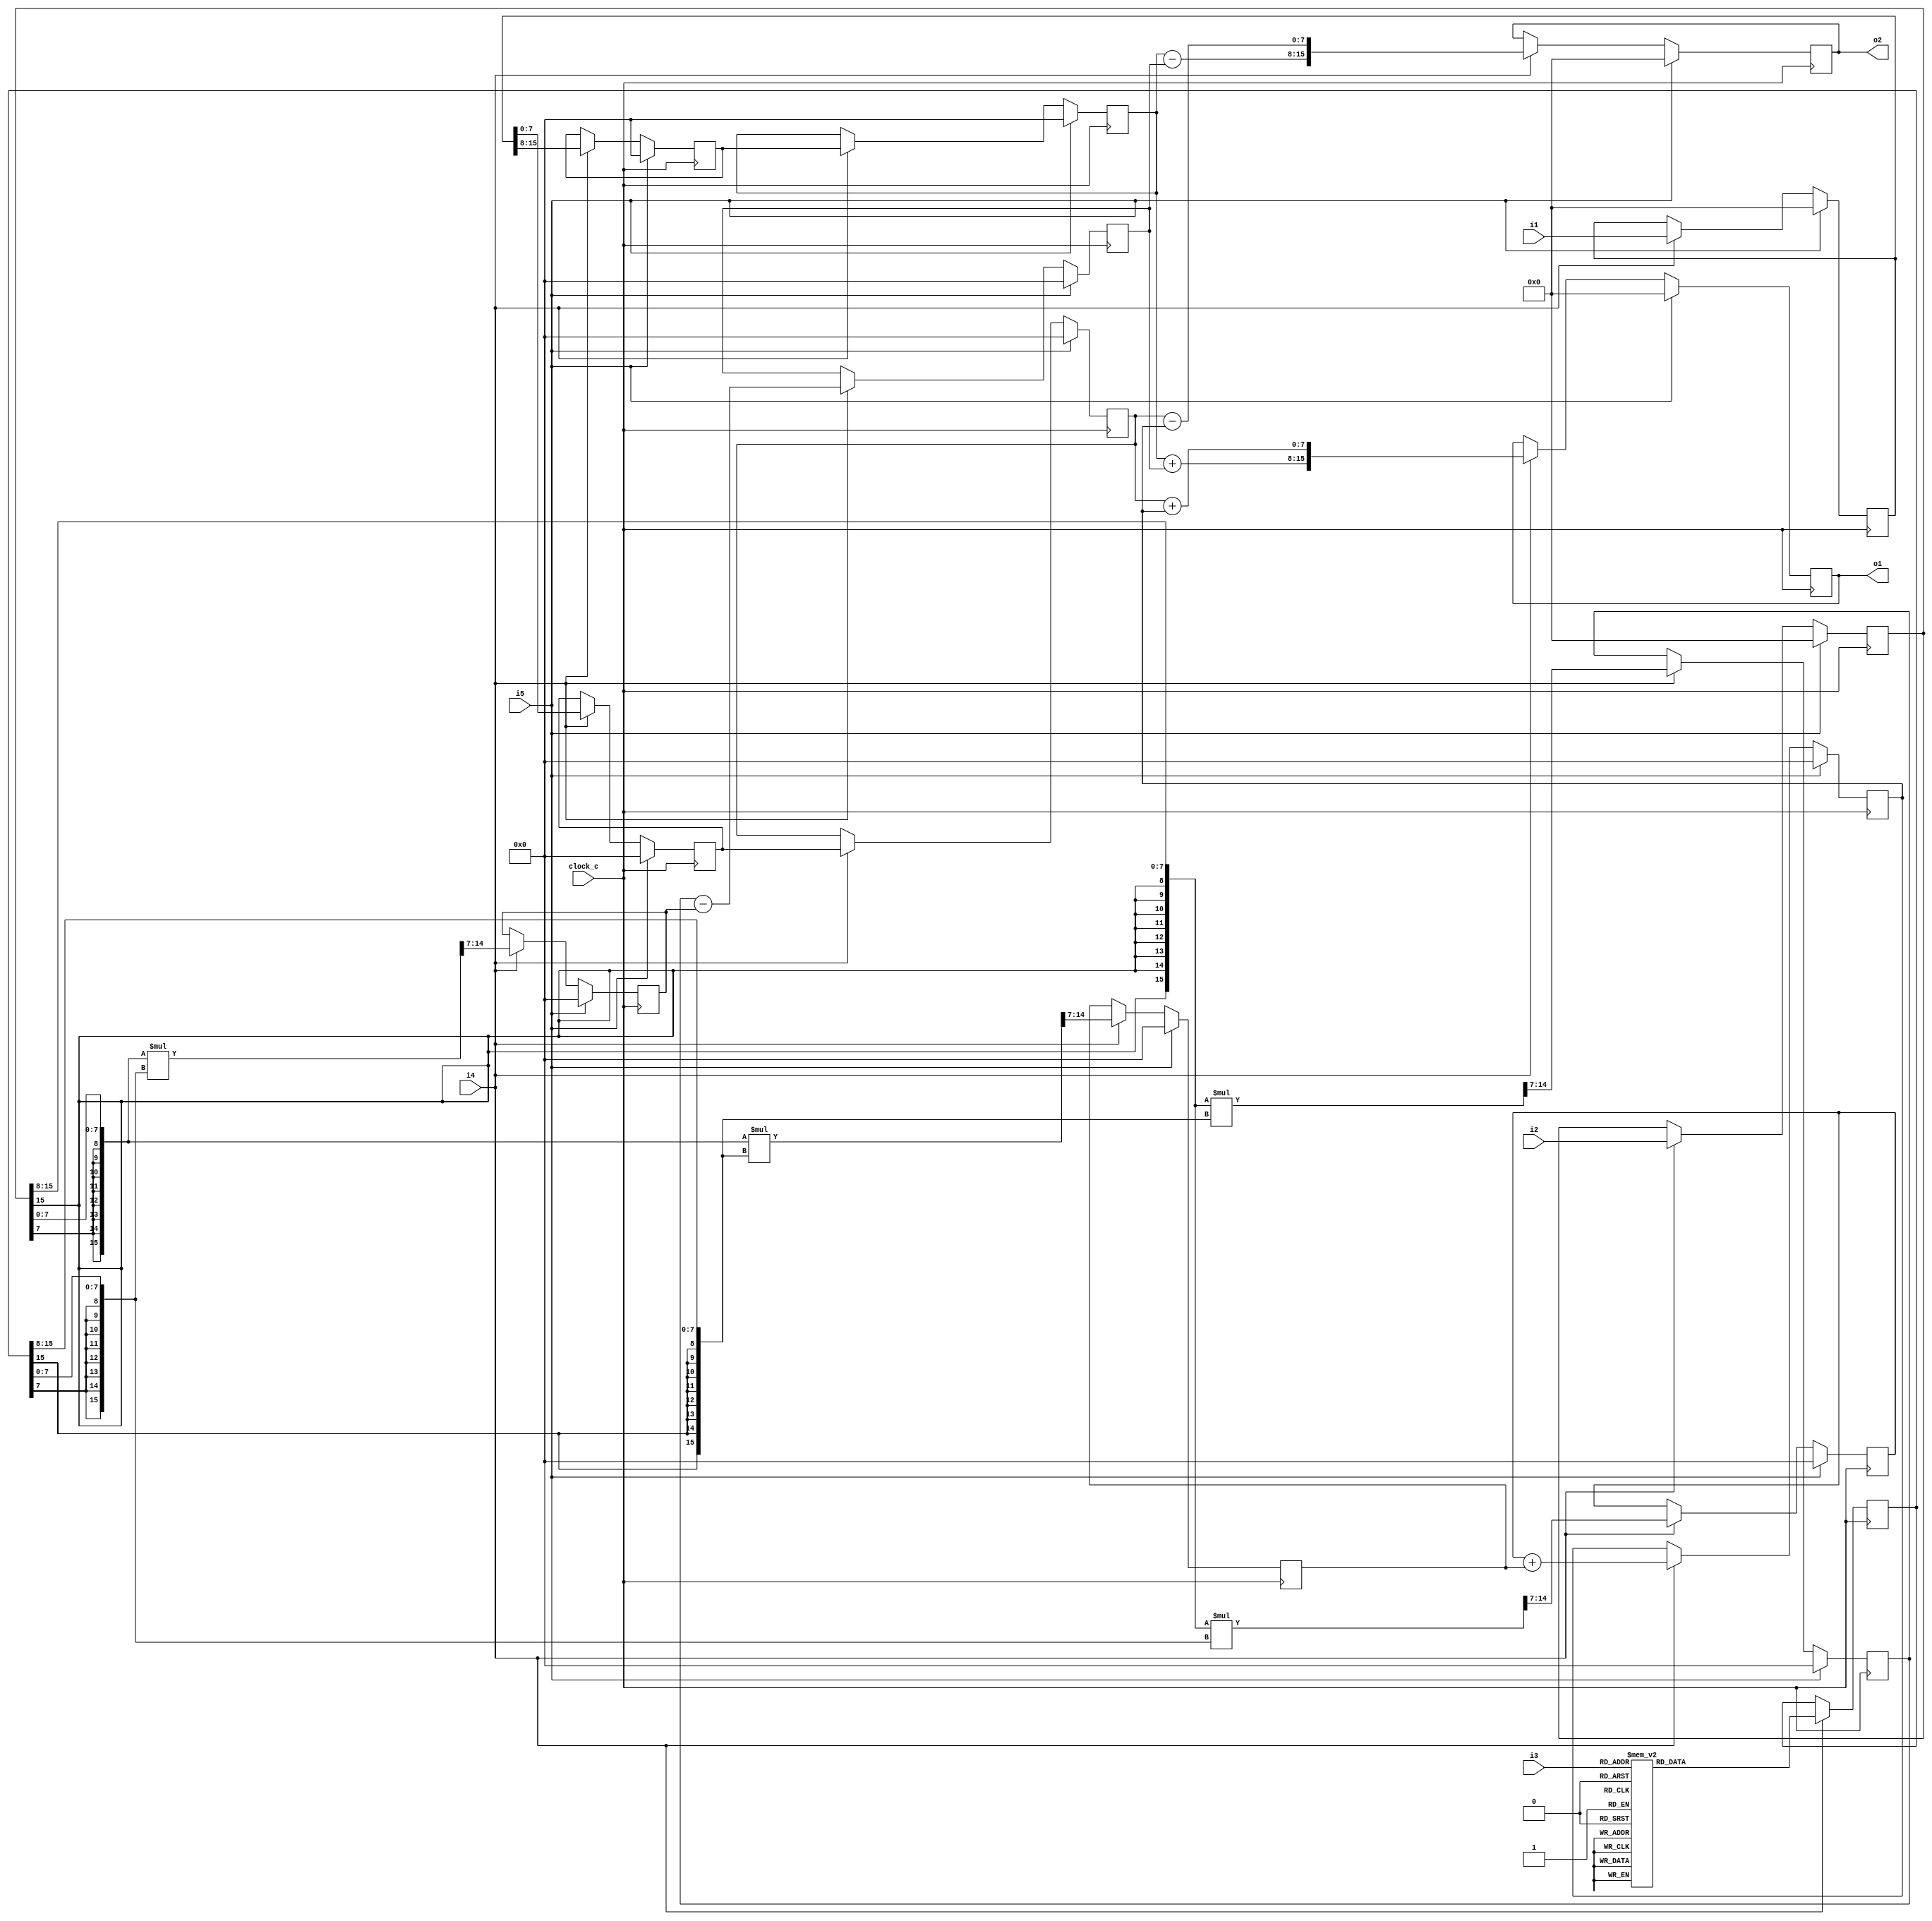
module cf_fft_1024_8_14 (clock_c, i1, i2, i3, i4, i5, o1, o2);
input  clock_c;
input  [15:0] i1;
input  [15:0] i2;
input  [4:0] i3;
input  i4;
input  i5;
output [15:0] o1;
output [15:0] o2;
reg    [15:0] n1;
wire   [7:0] n2;
wire   [7:0] n3;
reg    [15:0] n4;
wire   [7:0] n5;
wire   [7:0] n6;
reg    [7:0] n7;
reg    [7:0] n8;
reg    [7:0] n9;
reg    [7:0] n10;
reg    [15:0] n11;
wire   [7:0] n12;
wire   [7:0] n13;
wire   [15:0] n14;
wire   [7:0] n15;
reg    [7:0] n16;
wire   [15:0] n17;
wire   [7:0] n18;
reg    [7:0] n19;
wire   [7:0] n20;
reg    [7:0] n21;
wire   [15:0] n22;
wire   [7:0] n23;
reg    [7:0] n24;
wire   [15:0] n25;
wire   [7:0] n26;
reg    [7:0] n27;
wire   [7:0] n28;
reg    [7:0] n29;
wire   [7:0] n30;
wire   [7:0] n31;
wire   [15:0] n32;
reg    [15:0] n33;
wire   [7:0] n34;
wire   [7:0] n35;
wire   [15:0] n36;
reg    [15:0] n37;
initial n1 = 16'b0000000000000000;
always @ (posedge clock_c)
  if (i5 == 1'b1)
    n1 <= 16'b0000000000000000;
  else if (i4 == 1'b1)
    n1 <= i1;
assign n2 = {n1[15],
  n1[14],
  n1[13],
  n1[12],
  n1[11],
  n1[10],
  n1[9],
  n1[8]};
assign n3 = {n1[7],
  n1[6],
  n1[5],
  n1[4],
  n1[3],
  n1[2],
  n1[1],
  n1[0]};
initial n4 = 16'b0000000000000000;
always @ (posedge clock_c)
  if (i5 == 1'b1)
    n4 <= 16'b0000000000000000;
  else if (i4 == 1'b1)
    n4 <= i2;
assign n5 = {n4[15],
  n4[14],
  n4[13],
  n4[12],
  n4[11],
  n4[10],
  n4[9],
  n4[8]};
assign n6 = {n4[7],
  n4[6],
  n4[5],
  n4[4],
  n4[3],
  n4[2],
  n4[1],
  n4[0]};
initial n7 = 8'b00000000;
always @ (posedge clock_c)
  if (i5 == 1'b1)
    n7 <= 8'b00000000;
  else if (i4 == 1'b1)
    n7 <= n2;
initial n8 = 8'b00000000;
always @ (posedge clock_c)
  if (i5 == 1'b1)
    n8 <= 8'b00000000;
  else if (i4 == 1'b1)
    n8 <= n7;
initial n9 = 8'b00000000;
always @ (posedge clock_c)
  if (i5 == 1'b1)
    n9 <= 8'b00000000;
  else if (i4 == 1'b1)
    n9 <= n3;
initial n10 = 8'b00000000;
always @ (posedge clock_c)
  if (i5 == 1'b1)
    n10 <= 8'b00000000;
  else if (i4 == 1'b1)
    n10 <= n9;
initial n11 = 16'b0000000000000000;
always @ (posedge clock_c)
  if (i4 == 1'b1)
    case (i3)
      5'b00000 : n11 <= 16'b0111111100000000;
      5'b00001 : n11 <= 16'b0111111111110011;
      5'b00010 : n11 <= 16'b0111110111100111;
      5'b00011 : n11 <= 16'b0111101011011010;
      5'b00100 : n11 <= 16'b0111011011001111;
      5'b00101 : n11 <= 16'b0111000011000011;
      5'b00110 : n11 <= 16'b0110101010111000;
      5'b00111 : n11 <= 16'b0110001010101110;
      5'b01000 : n11 <= 16'b0101101010100101;
      5'b01001 : n11 <= 16'b0101000110011101;
      5'b01010 : n11 <= 16'b0100011110010101;
      5'b01011 : n11 <= 16'b0011110010001111;
      5'b01100 : n11 <= 16'b0011000010001001;
      5'b01101 : n11 <= 16'b0010010110000101;
      5'b01110 : n11 <= 16'b0001100010000010;
      5'b01111 : n11 <= 16'b0000110010000000;
      5'b10000 : n11 <= 16'b0000000010000000;
      5'b10001 : n11 <= 16'b1111001110000000;
      5'b10010 : n11 <= 16'b1110011110000010;
      5'b10011 : n11 <= 16'b1101101010000101;
      5'b10100 : n11 <= 16'b1100111110001001;
      5'b10101 : n11 <= 16'b1100001110001111;
      5'b10110 : n11 <= 16'b1011100010010101;
      5'b10111 : n11 <= 16'b1010111010011101;
      5'b11000 : n11 <= 16'b1010010110100101;
      5'b11001 : n11 <= 16'b1001110110101110;
      5'b11010 : n11 <= 16'b1001010110111000;
      5'b11011 : n11 <= 16'b1000111111000011;
      5'b11100 : n11 <= 16'b1000100111001111;
      5'b11101 : n11 <= 16'b1000010111011010;
      5'b11110 : n11 <= 16'b1000001011100111;
      5'b11111 : n11 <= 16'b1000000011110011;
      default : n11 <= 16'bxxxxxxxxxxxxxxxx;
    endcase
assign n12 = {n11[15],
  n11[14],
  n11[13],
  n11[12],
  n11[11],
  n11[10],
  n11[9],
  n11[8]};
assign n13 = {n11[7],
  n11[6],
  n11[5],
  n11[4],
  n11[3],
  n11[2],
  n11[1],
  n11[0]};
assign n14 = {{8{n5[7]}}, n5} * {{8{n12[7]}}, n12};
assign n15 = {n14[14],
  n14[13],
  n14[12],
  n14[11],
  n14[10],
  n14[9],
  n14[8],
  n14[7]};
initial n16 = 8'b00000000;
always @ (posedge clock_c)
  if (i5 == 1'b1)
    n16 <= 8'b00000000;
  else if (i4 == 1'b1)
    n16 <= n15;
assign n17 = {{8{n6[7]}}, n6} * {{8{n13[7]}}, n13};
assign n18 = {n17[14],
  n17[13],
  n17[12],
  n17[11],
  n17[10],
  n17[9],
  n17[8],
  n17[7]};
initial n19 = 8'b00000000;
always @ (posedge clock_c)
  if (i5 == 1'b1)
    n19 <= 8'b00000000;
  else if (i4 == 1'b1)
    n19 <= n18;
assign n20 = n16 - n19;
initial n21 = 8'b00000000;
always @ (posedge clock_c)
  if (i5 == 1'b1)
    n21 <= 8'b00000000;
  else if (i4 == 1'b1)
    n21 <= n20;
assign n22 = {{8{n5[7]}}, n5} * {{8{n13[7]}}, n13};
assign n23 = {n22[14],
  n22[13],
  n22[12],
  n22[11],
  n22[10],
  n22[9],
  n22[8],
  n22[7]};
initial n24 = 8'b00000000;
always @ (posedge clock_c)
  if (i5 == 1'b1)
    n24 <= 8'b00000000;
  else if (i4 == 1'b1)
    n24 <= n23;
assign n25 = {{8{n6[7]}}, n6} * {{8{n12[7]}}, n12};
assign n26 = {n25[14],
  n25[13],
  n25[12],
  n25[11],
  n25[10],
  n25[9],
  n25[8],
  n25[7]};
initial n27 = 8'b00000000;
always @ (posedge clock_c)
  if (i5 == 1'b1)
    n27 <= 8'b00000000;
  else if (i4 == 1'b1)
    n27 <= n26;
assign n28 = n24 + n27;
initial n29 = 8'b00000000;
always @ (posedge clock_c)
  if (i5 == 1'b1)
    n29 <= 8'b00000000;
  else if (i4 == 1'b1)
    n29 <= n28;
assign n30 = n8 + n21;
assign n31 = n10 + n29;
assign n32 = {n30, n31};
initial n33 = 16'b0000000000000000;
always @ (posedge clock_c)
  if (i5 == 1'b1)
    n33 <= 16'b0000000000000000;
  else if (i4 == 1'b1)
    n33 <= n32;
assign n34 = n8 - n21;
assign n35 = n10 - n29;
assign n36 = {n34, n35};
initial n37 = 16'b0000000000000000;
always @ (posedge clock_c)
  if (i5 == 1'b1)
    n37 <= 16'b0000000000000000;
  else if (i4 == 1'b1)
    n37 <= n36;
assign o2 = n37;
assign o1 = n33;
endmodule